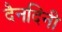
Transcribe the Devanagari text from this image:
दैनदिनी